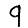
Digit: 9